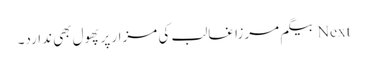
Next بیگم مرزا غالب کی مزار پر پھول بھی ندارد۔